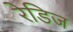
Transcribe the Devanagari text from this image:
रेडिज